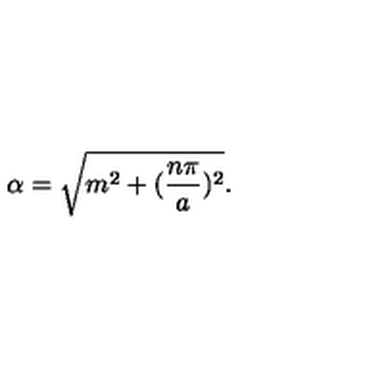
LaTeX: \alpha = \sqrt { m ^ { 2 } + ( \frac { n \pi } { a } ) ^ { 2 } } .